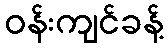
ဝန်းကျင်ခန့်